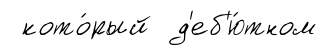
кото́рый д'еб'ю́тном